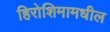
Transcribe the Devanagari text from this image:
हिरोशिमामधील